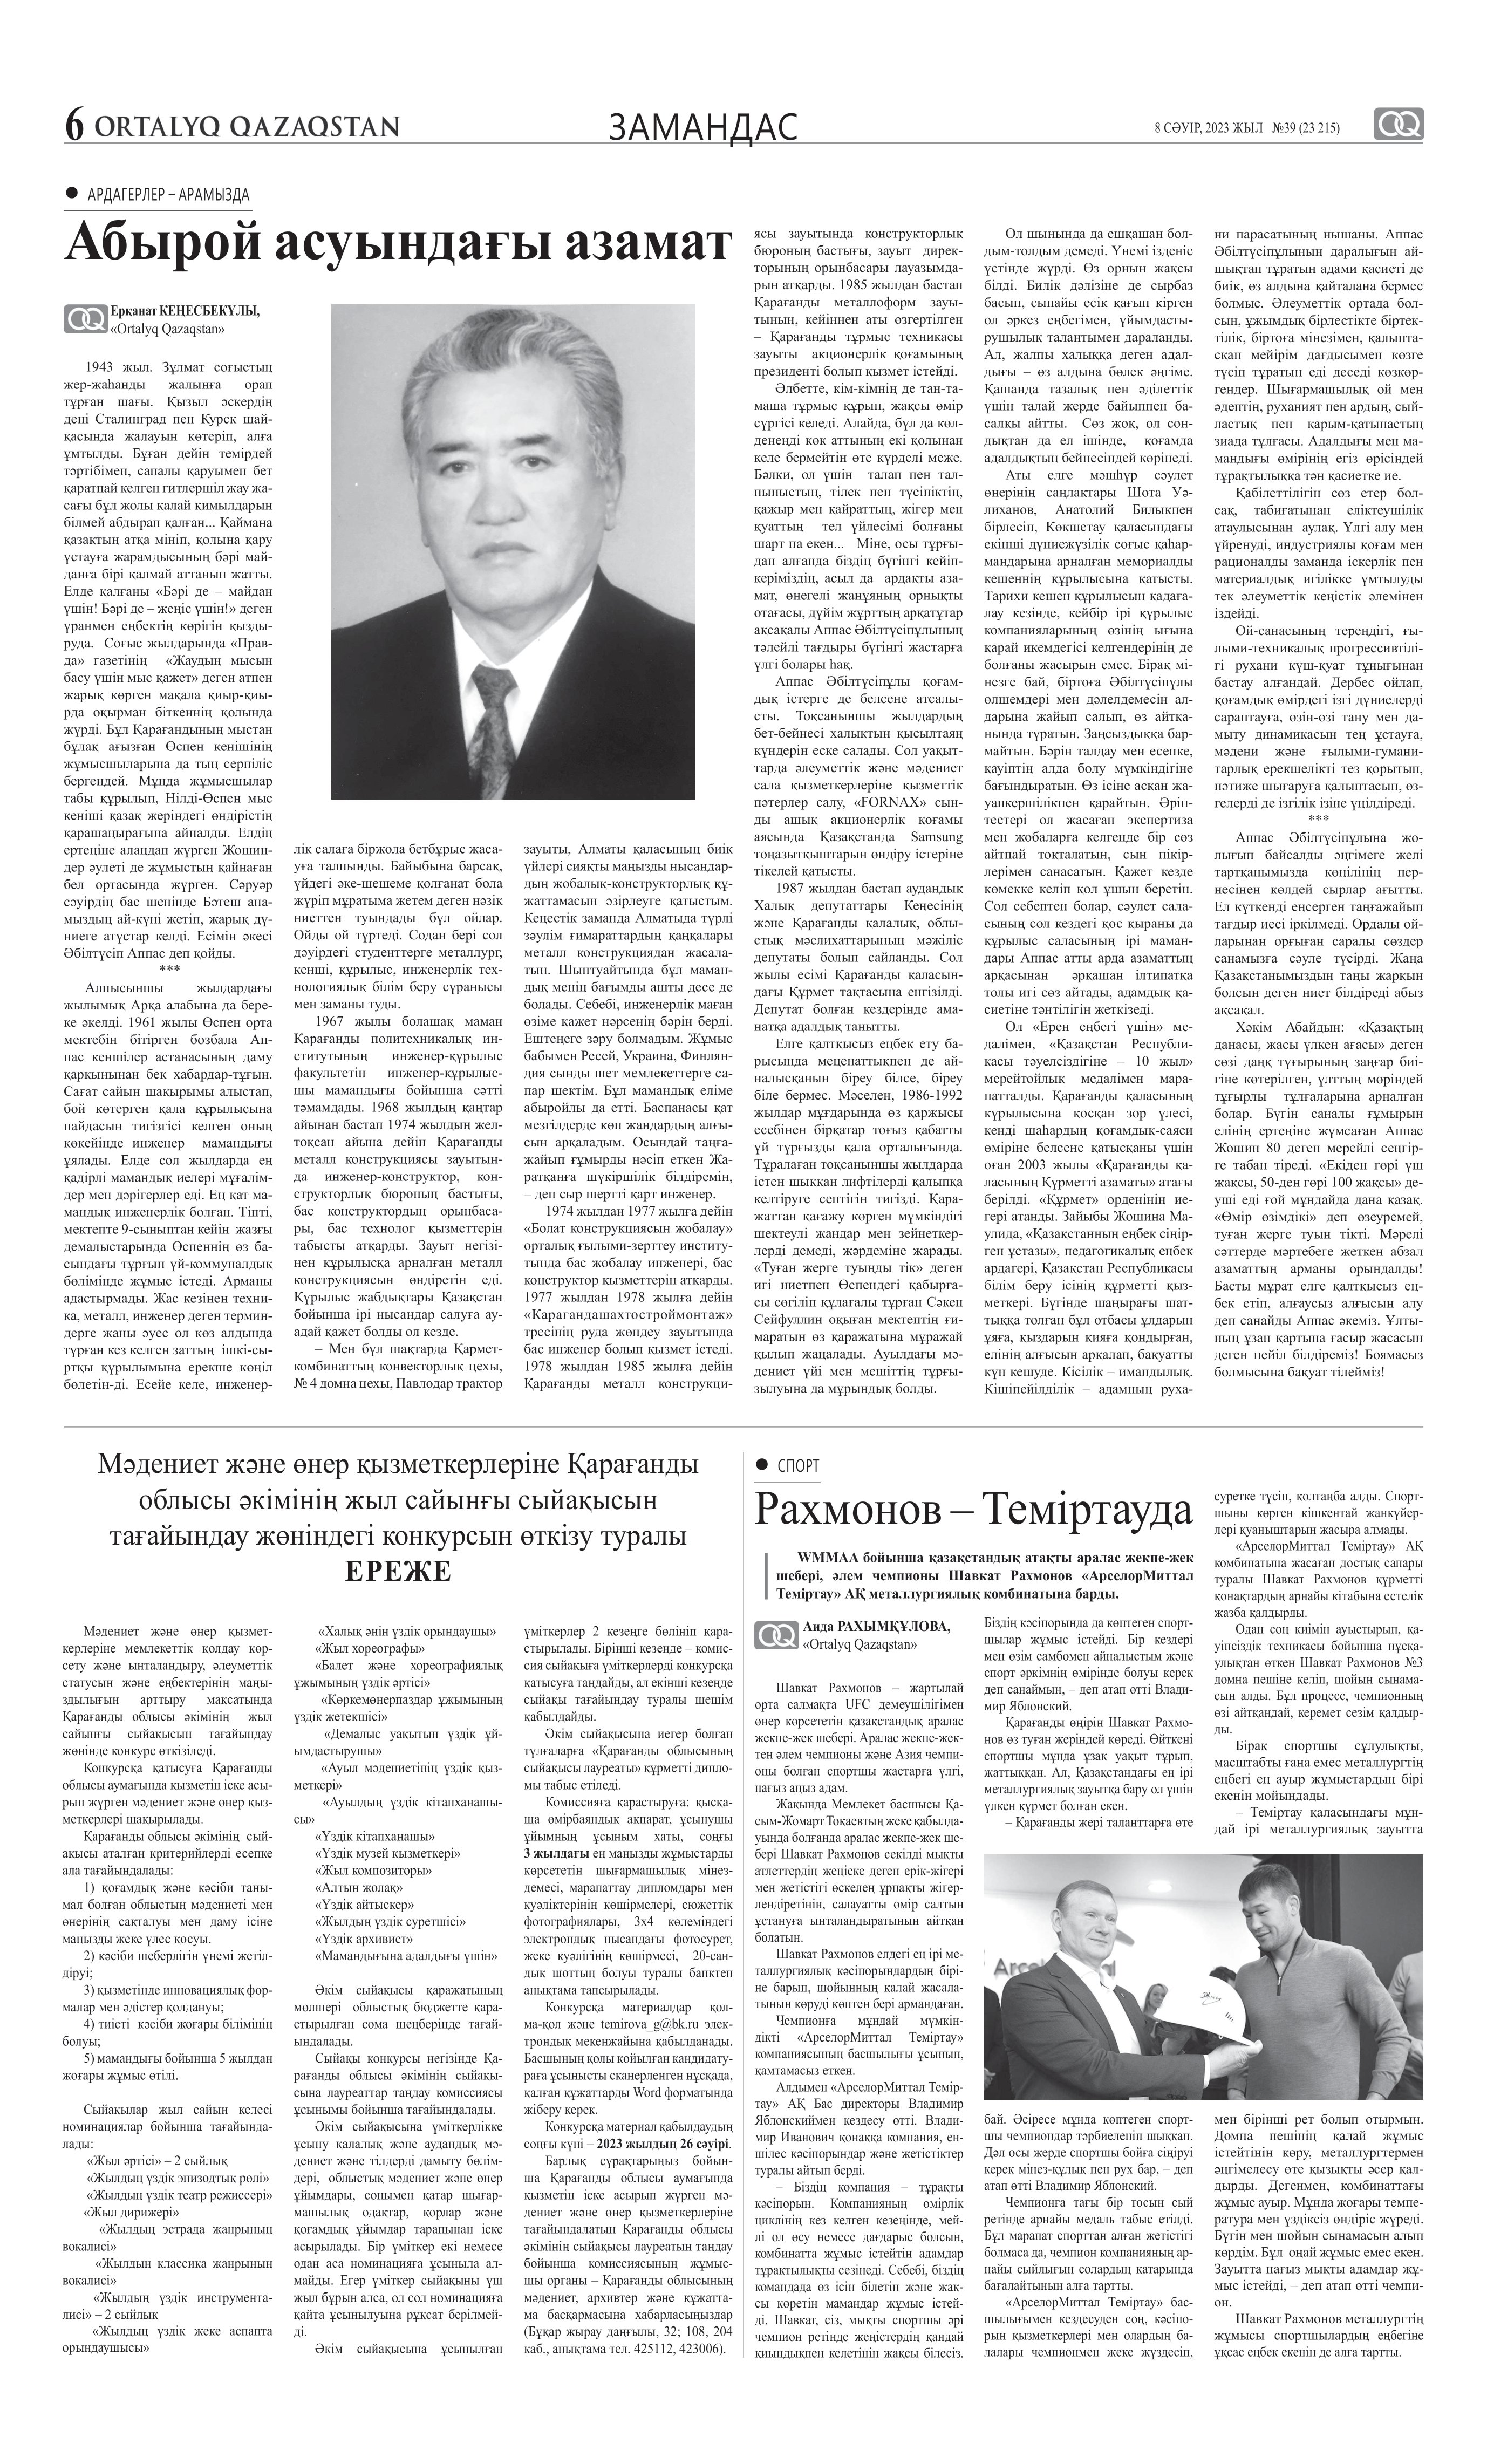
Language: kk